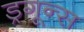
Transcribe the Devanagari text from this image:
ड्रगून्स